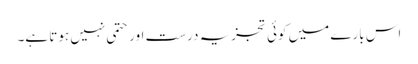
اس بارے میں کوئی تجزیہ درست اور حتمی نہیں ہوتا ہے۔